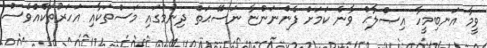
ވީމާ އަނބިމީހާ އިޞްލާޙް ވާނެ ކަމަށް ފެންނަންޏާ ނަސޭޙަތް ދިނުމުގައި މަސްތަކާއި އަހަރުތަކެއްވެސް